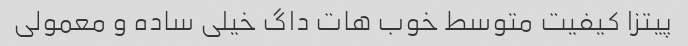
پیتزا کیفیت متوسط خوب هات داگ خیلی ساده و معمولی